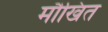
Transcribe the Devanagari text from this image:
मौखित